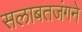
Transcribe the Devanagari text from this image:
सलाबतजंगने